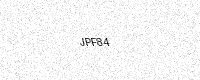
Text: JPF84